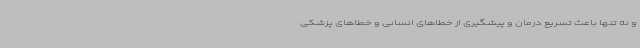
و نه تنها باعث تسریع درمان و پیشگیری از خطاهای انسانی و خطاهای پزشکی